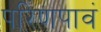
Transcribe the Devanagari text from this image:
परिणपावं